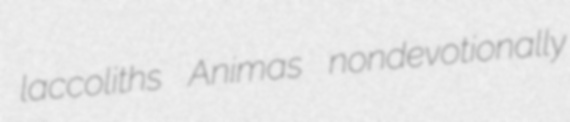
laccoliths Animas nondevotionally